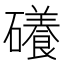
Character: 礢